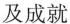
及成就